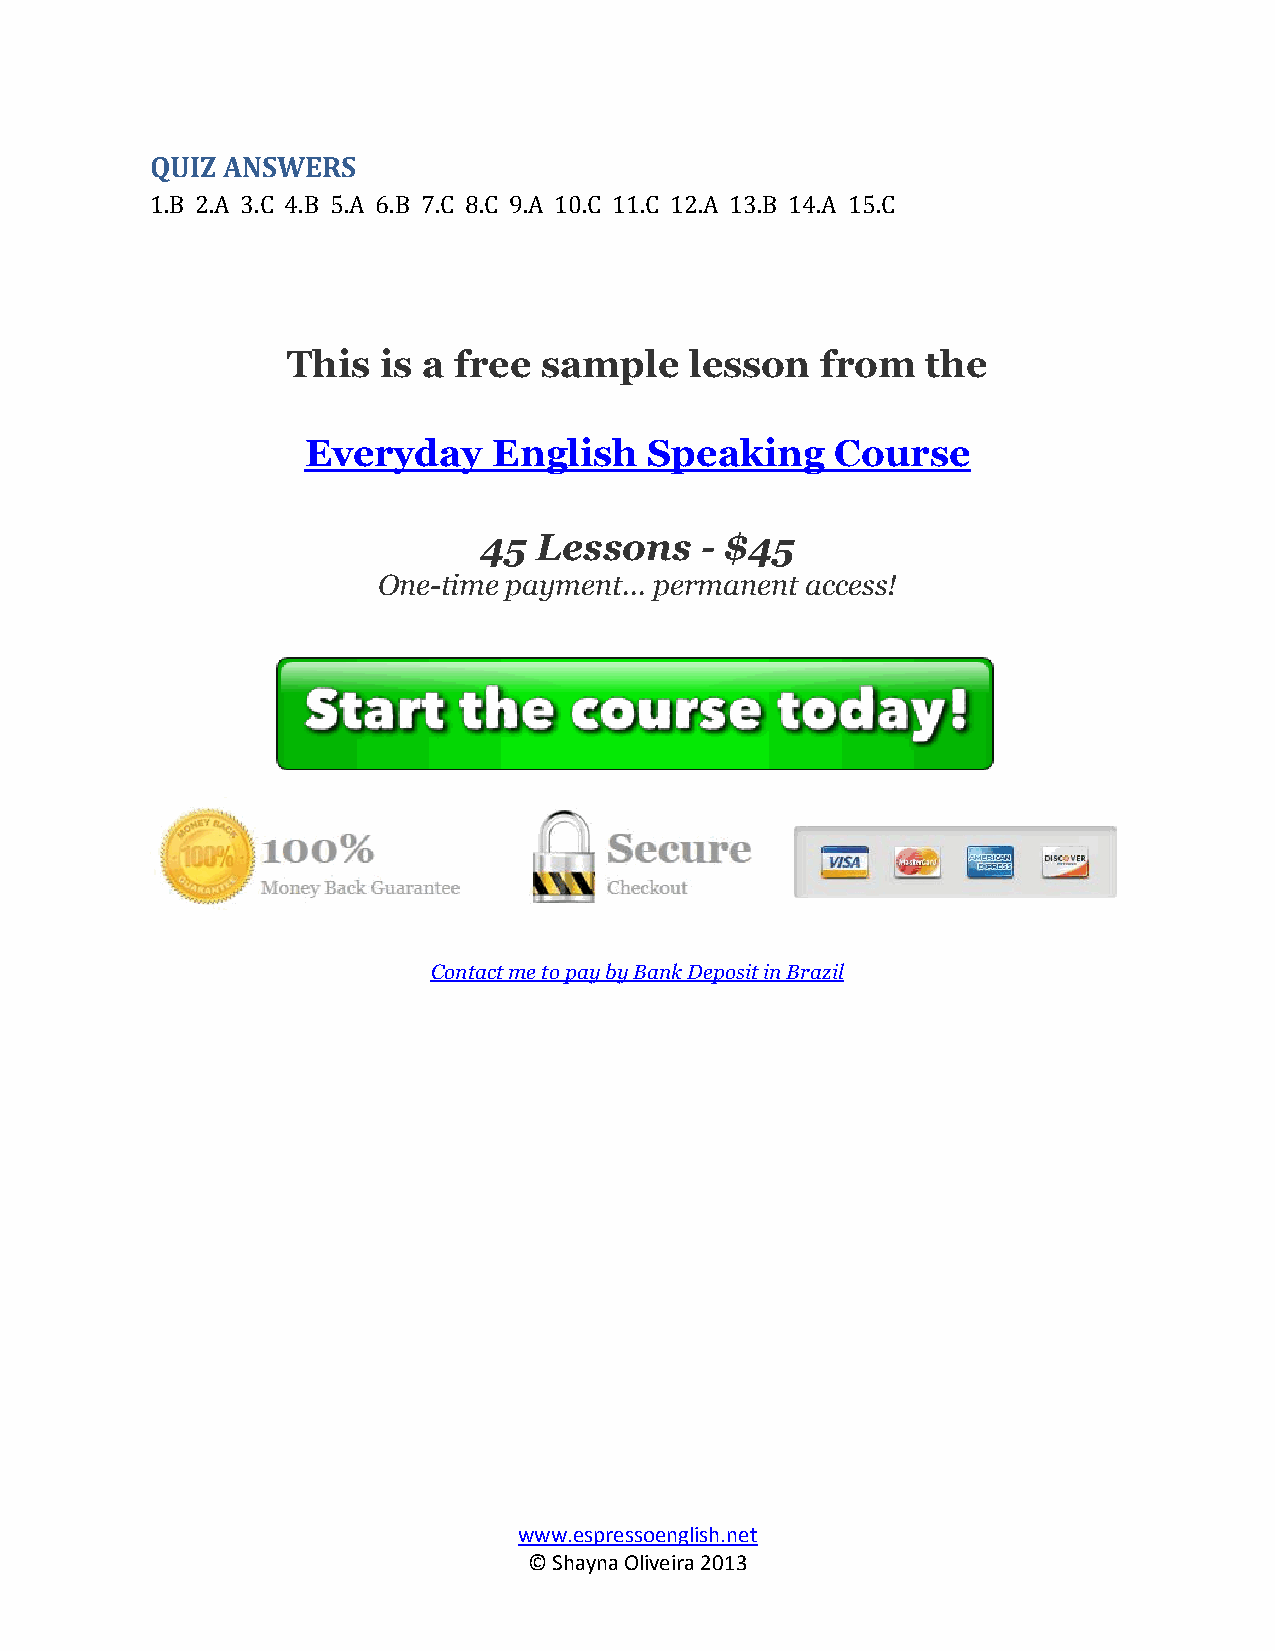
QUIZ ANSWERS
 1.B 2.A 3.C 4.B 5.A 6.B 7.C 8.C 9.A 10.C 11.C 12.A 13.B 14.A 15.C
 This  is a free  sample    lesson  from   the
 Everyday     English   Speaking    Course
 45  Lessons   - $45
 One-time payment... permanent access!
 Contact me to pay by Bank Deposit in Brazil
 www.espressoenglish.net
 © Shayna Oliveira 2013